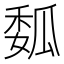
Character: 𰢟